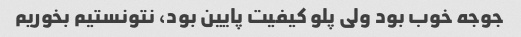
جوجه خوب بود ولی پلو کیفیت پایین بود، نتونستیم بخوریم